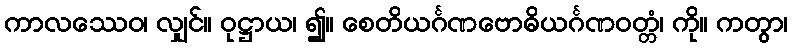
ကာလဿေဝ၊ လျှင်။ ဝုဋ္ဌာယ၊ ၍။ စေတိယင်္ဂဏဗောဓိယင်္ဂဏဝတ္တံ၊ ကို။ ကတွာ၊